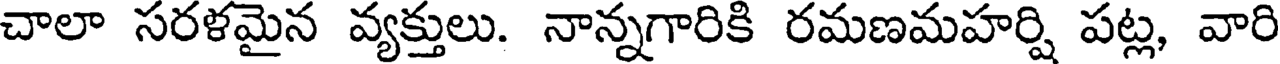
చాలా సరళమైన వ్యక్తులు. నాన్నగారికి రమణమహర్షి పట్ల, వారి